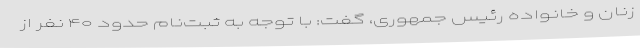
زنان و خانواده رئیس جمهوری، گفت: با توجه به ثبت‌نام حدود ۴۰ نفر از